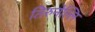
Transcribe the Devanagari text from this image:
तिरुनेल्लि